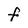
Character: F